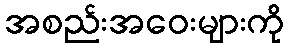
အစည်းအဝေးများကို